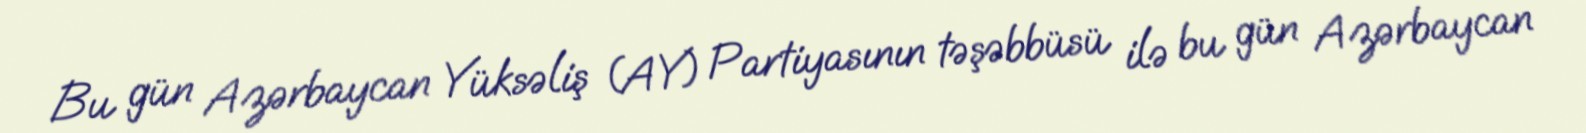
Bu gün Azərbaycan Yüksəliş (AY) Partiyasının təşəbbüsü ilə bu gün Azərbaycan